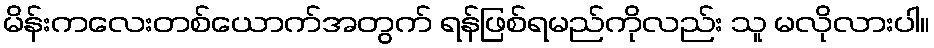
မိန်းကလေးတစ်ယောက်အတွက် ရန်ဖြစ်ရမည်ကိုလည်း သူ မလိုလားပါ။